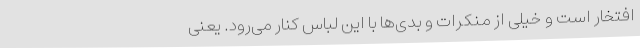
افتخار است و خیلی از منکرات و بدی‌ها با این لباس کنار می‌رود. یعنی